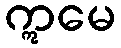
ဣမေ